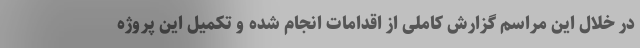
در خلال این مراسم گزارش کاملی از اقدامات انجام شده و تکمیل این پروژه